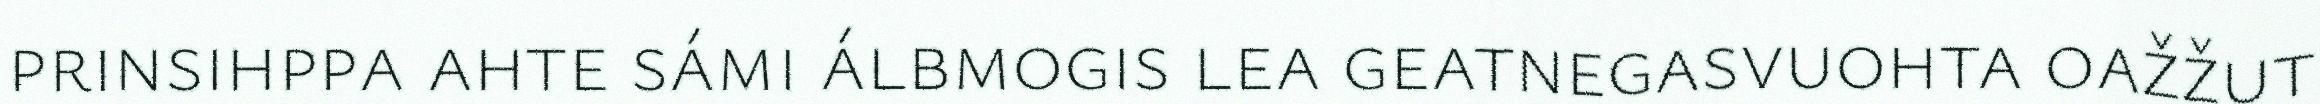
prinsihppa ahte sámi álbmogis lea geatnegasvuohta oažžut